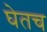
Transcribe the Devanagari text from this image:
घेतच